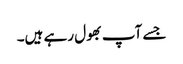
جسے آپ بھول رہے ہیں۔